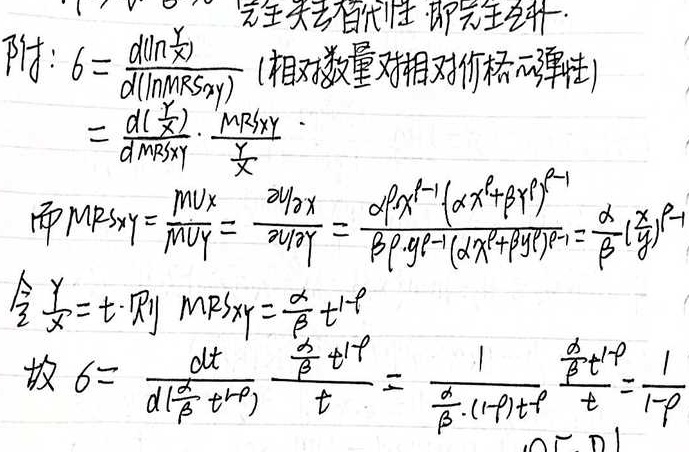
完全失去替代性，即完全互补。
附：
\(\delta = \frac{d(\ln \frac{y}{x})}{d(\ln MRS_{xy})}\)（相对数量对相对价格的弹性）\(=\frac{d(\frac{y}{x})}{d MRS_{xy}}\cdot\frac{MRS_{xy}}{\frac{y}{x}}\)
而\(MRS_{xy}=\frac{MU_x}{MU_y}=\frac{\frac{\partial U}{\partial x}}{\frac{\partial U}{\partial y}}=\frac{\alpha \beta x^{\alpha - 1}(\alpha x^{\rho}+\beta y^{\rho})^{\frac{1}{\rho}-1}}{\beta \rho y^{\rho - 1}(\alpha x^{\rho}+\beta y^{\rho})^{\frac{1}{\rho}-1}}=\frac{\alpha}{\beta}(\frac{x}{y})^{\rho - 1}\)
令\(\frac{y}{x}=t\)，则\(MRS_{xy}=\frac{\alpha}{\beta}t^{1 - \rho}\)
故\(\delta = \frac{dt}{d(\frac{\alpha}{\beta}t^{1 - \rho})}\frac{\frac{\alpha}{\beta}t^{1 - \rho}}{t}=\frac{1}{\frac{\alpha}{\beta}\cdot(1 - \rho)t^{-\rho}}\frac{\frac{\alpha}{\beta}t^{1 - \rho}}{t}=\frac{1}{1 - \rho}\)